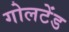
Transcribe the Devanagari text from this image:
गोलटेंड